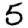
Digit: 5